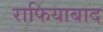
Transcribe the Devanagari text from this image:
राफियाबाद